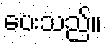
ပေးသည်။